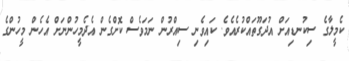
ކެމީލާގެ ސިކުނޑިއަށް އުދަގޫތައްކުރެއެވެ. ކައިވެނި ސިއްރުން ނަމަވެސް ކޮށްގެން އެދެމީހުންނަށް އެހެން މީހުންގެ